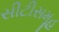
સીટીસમૂહ